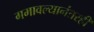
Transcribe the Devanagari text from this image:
गमावल्यानंतरही